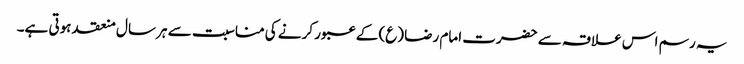
یہ رسم اس علاقہ سے حضرت امام رضا (ع) کے عبور کرنے کی مناسبت سے ہر سال منعقد ہوتی ہے۔